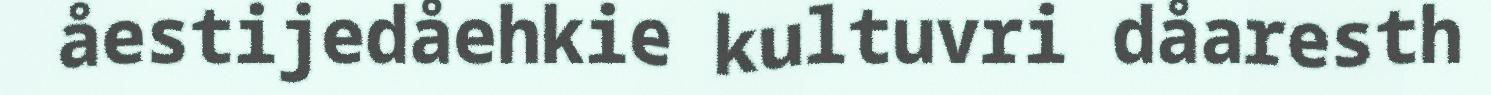
åestijedåehkie kultuvri dåaresth